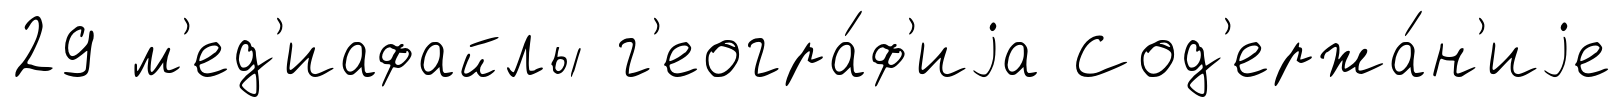
29 м'ед'иафайлы г'еогра́ф'иjа Сод'ержа́н'иjе